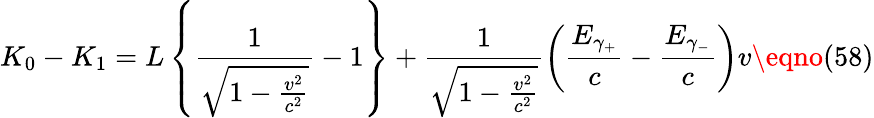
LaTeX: K_{0}-K_{1}=L\left\{ \frac{1}{\sqrt{1-\frac{v^{2}}{c^{2}}}}-1\right\} +\frac{1}{\sqrt{1-\frac{v^{2}}{c^{2}}}}\left(\frac{E_{\gamma_{+}}}c-\frac{E_{\gamma_{-}}}c\right)v\eqno(58)